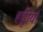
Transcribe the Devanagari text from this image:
हड्डीयाँ